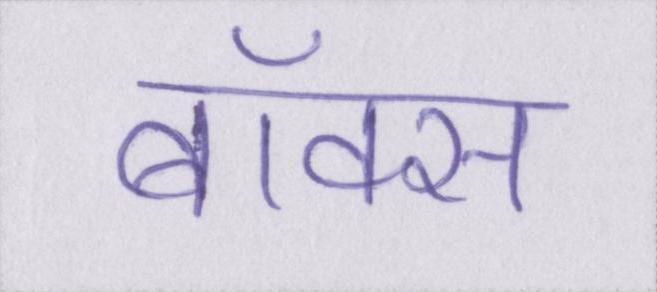
बॉक्स